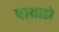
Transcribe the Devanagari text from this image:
पाथ्राडो